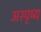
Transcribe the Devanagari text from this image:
अस्पृष्य